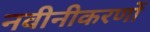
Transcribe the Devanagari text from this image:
नवीनीकरणों